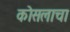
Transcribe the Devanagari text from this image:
कोसलाचा